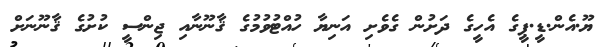
ޔޫ.އެން.ޑީ.ޕީގެ އެހީގެ ދަށުން ގެވެށި އަނިޔާ ހުއްޓުވުމުގެ ޤާނޫނާއި ޖިންސީ ކުށުގެ ޤާނޫނަށް